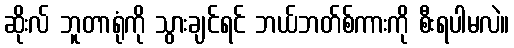
ဆိုးလ် ဘူတာရုံကို သွားချင်ရင် ဘယ်ဘတ်စ်ကားကို စီးရပါမလဲ။